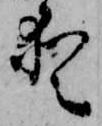
愛